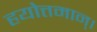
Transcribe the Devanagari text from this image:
हयोत्तमान्।